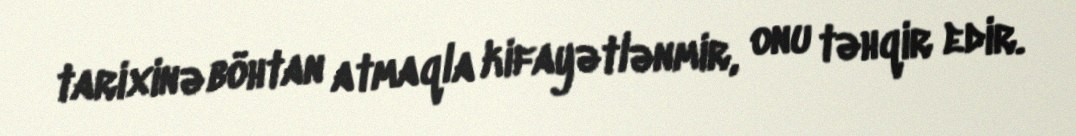
tarixinə böhtan atmaqla kifayətlənmir, onu təhqir edir.